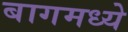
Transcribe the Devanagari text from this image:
बागमध्ये